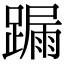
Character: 𨄋